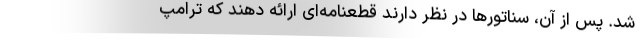
شد. پس از آن، سناتورها در نظر دارند قطعنامه‌ای ارائه دهند که ترامپ